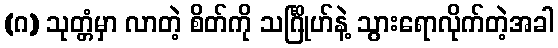
(ဂ) သုတ္တံမှာ လာတဲ့ စိတ်ကို သင်္ဂြိုဟ်နဲ့ သွားရောလိုက်တဲ့အခါ